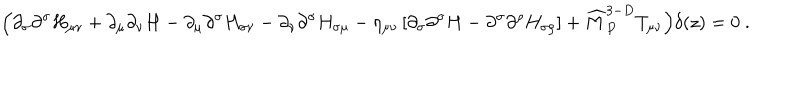
\Big ( \partial _ { \sigma } \partial ^ { \sigma } H _ { \mu \nu } + \partial _ { \mu } \partial _ { \nu } H - \partial _ { \mu } \partial ^ { \sigma } H _ { \sigma \nu } - \partial _ { \nu } \partial ^ { \sigma } H _ { \sigma \mu } - \eta _ { \mu \nu } \left[ \partial _ { \sigma } \partial ^ { \sigma } H - \partial ^ { \sigma } \partial ^ { \rho } H _ { \sigma \rho } \right] + { \widehat M } _ { P } ^ { 3 - D } T _ { \mu \nu } \Big ) \delta ( z ) = 0 ~ .